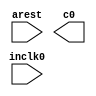
module  clk_gen(
    input   wire    inclk0  ,
    input   wire    arest   ,
    
    output  reg     c0

);







endmodule